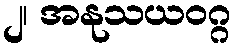
၂၊ အနုသယဝဂ္ဂ